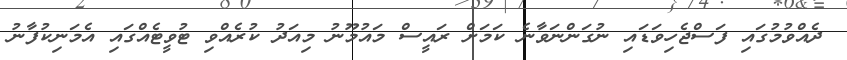
ދެއްވުމުގައި ފަސްޖެހިވަޑައި ނުގަންނަވާނެ ކަމަށް ރައީސް މައުމޫނު މިއަދު ކުރެއްވި ޓުވީޓެއްގައި އެމަނިކުފާނު